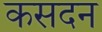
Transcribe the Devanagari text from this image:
कसदन